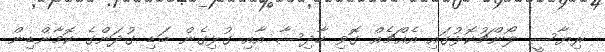
ރިޔާސީ ލޯންޗުކޮޅުގައި އެއްޗެއް ގޮވި ހާދިސާ އާއި ގުޅިގެން ބަޑި ގުދަންގެ ކޮމާންޑިން